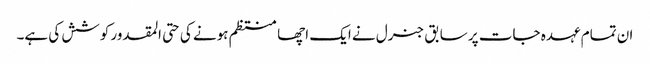
ان تمام عہدہ جات پر سابق جنرل نے ایک اچھا منتظم ہونے کی حتی المقدور کوشش کی ہے۔